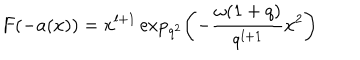
LaTeX: F ( - a ( x ) ) = x ^ { l + 1 } \exp _ { q ^ { 2 } } \left( - \frac { \omega ( 1 + q ) } { q ^ { l + 1 } } x ^ { 2 } \right)